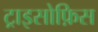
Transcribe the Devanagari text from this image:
ट्राइसोफ़िस